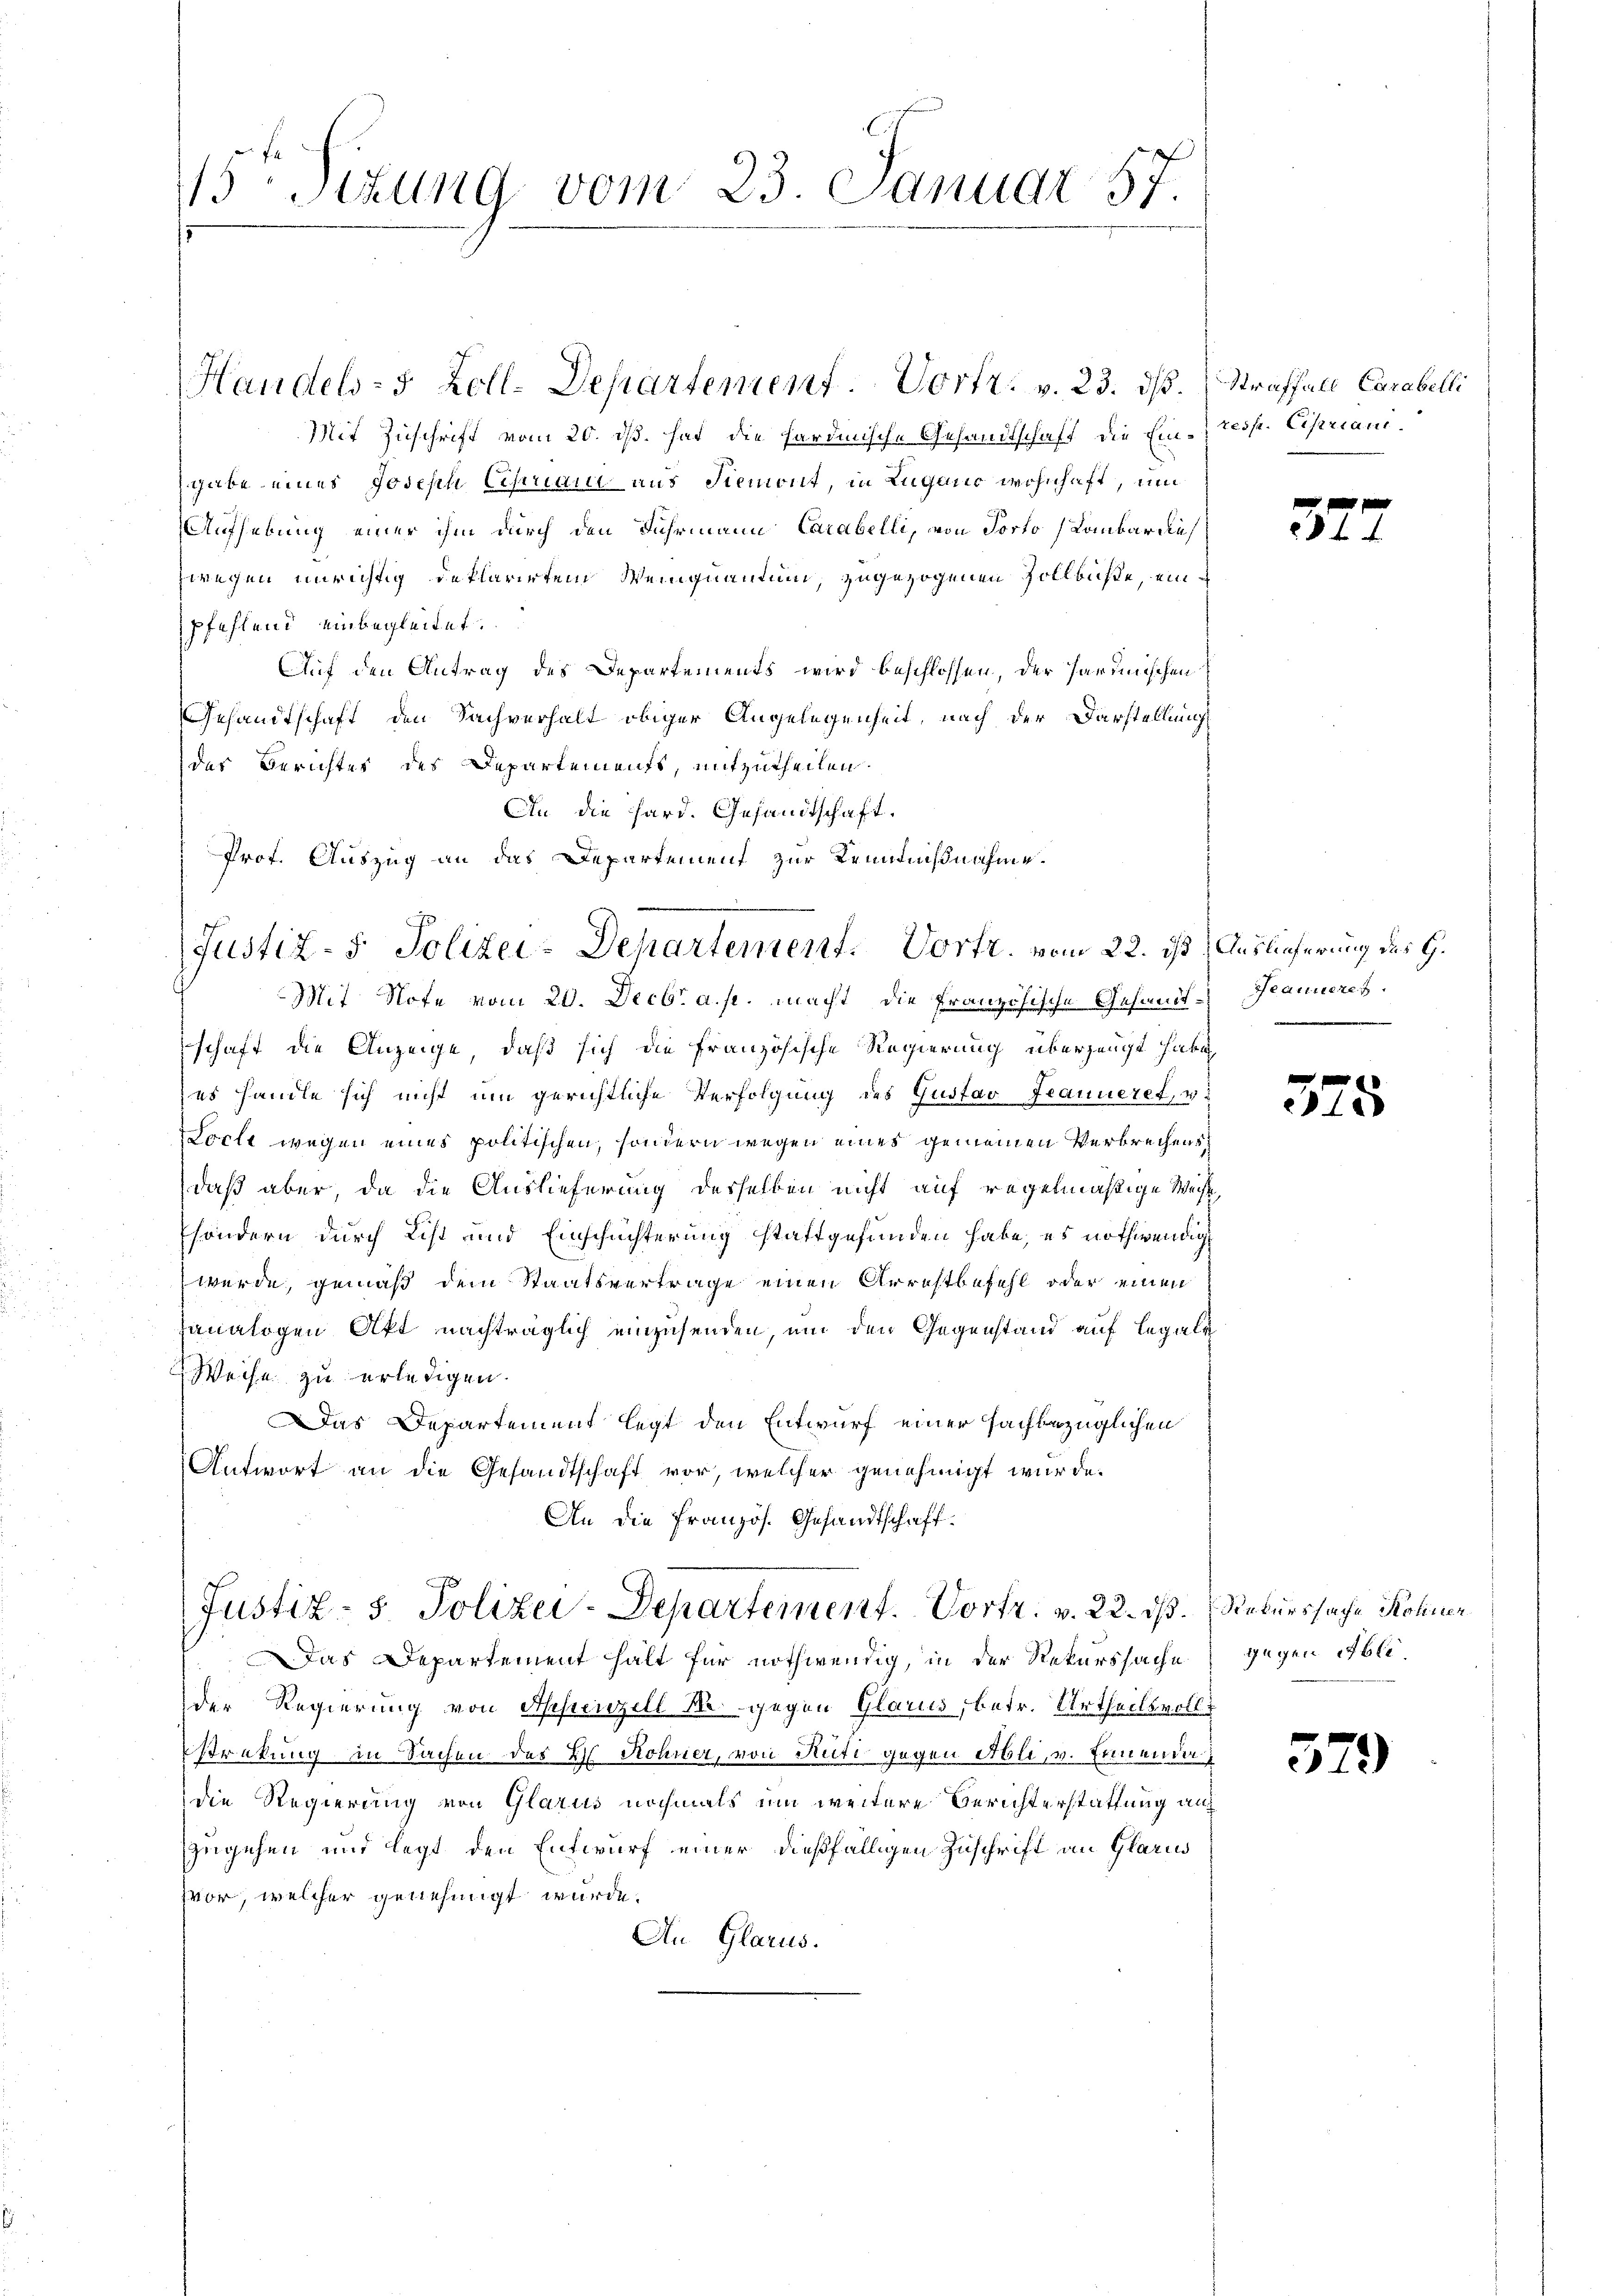
13 stung vom 23. Januar 57.

Mit Zuschrift vom 20. dß. hat die hardinische Gesandtschaft die Einzgabe eines Joseph Cistriarii aus Siemont, in Lugano wohnhaft, um
Aufhebung einer ihm durch den Fuhrmann Carabelli, von Porto Lombariu
zwegen unrichtig deklarirtem Weinquantung, zugezogenen Zollbüste, einpfehlend einbegleitet.
Auf den Antrag des Departements wird beschlossen, der Parischen
Gesandtschaft den Sachverhalt obiger Angelegenheit, nach der Darstellung
des Berichtes des Departemenft, mitzutheilen.
An die Hard. Gesandtschaft.
Mit Note vom 20. Decbr a. p. macht die Französische Gesandt-Beameres.
schaft die Anzeige, daß sich die Französische Regierung überzeugt habe,
zes handle sich nicht um gerichtliche Verfolgung des Gustav Franueret, v.
Loche wegen eines politischen, sondern wegen eines gemeinen Verbrechens
daß aber, da die Auslieferung desselben nicht auf regelmäßige Weise,
sondern durch List und Einschüchterung stattgefunden habe, es nothwendig
werde, gemäß dem Staatsvertrage einen Arrestbefehl oder einen
sanalogen Akt nachträglich einzusenden, um den Gegenstand auf legale
Weise zu erledigen.
Das Departement legt den Entwurf einer sachbezüglichen
Antwort an die Gesandtschaft vor, welcher genehmigt wurde.
An die Französ. Gesandtschaft.

Handels- 5 Zoll-Departement. Vortr. v. 23. ds.

Prof. Auszug an das Departement zur Kennnißnahme.
Justiz- & Polizei-Dehartement. Vortr. vom 22. ist

Justiz- 5. Polizei-Departement. Vortr. v. 22. ds. Rekurssache Koliner
Das Departement hält für nothwendig, in der Rekurssache

der Regierung von Appenzell N. gegen Glarus, betr. Urtheilsvoll
streckung in Sachen des H. Rohner, von Rüti gegen Abli, v. Einen da
die Regierung von Glarus nochmals um weitere Berichterstattung auf
zugehen und legt den Entwurf einer dießfälligen Zuschrift an Glarus
zvor, welcher genehmigt wurde.
An Glarus.

Straffall, Carabelli
resse. Eiseriani

3.

Auslieferung des G.
.

37

52

gegen Obli¬

2)